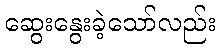
ဆွေးနွေးခဲ့သော်လည်း